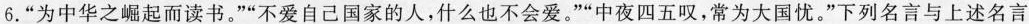
6.”为中华之崛起而读书。””不爱自己国家的人，什么也不会爱。””中夜四五叹，常为大国忧。”下列名言与上述名言